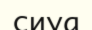
сиуа